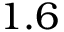
1 . 6